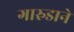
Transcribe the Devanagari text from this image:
गारुडाने